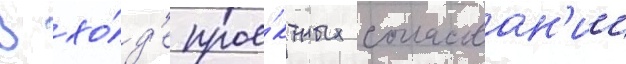
В хо́д'е прое́ктных согласован'ии